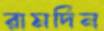
রামদিন